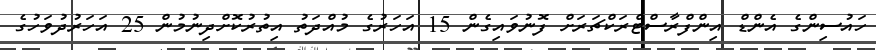
ހައުސިންގެ އެންޑް އިންފްރާސްޓްރަކްޗަރަށް ފޮނުވައިގެން 15 އަހަރުގެ މުއްދަތު އިތުރުކޮށްދިނުމުން 25 އަހަރުދުވަހުގެ